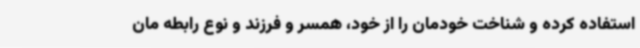
استفاده کرده و شناخت خودمان را از خود، همسر و فرزند و نوع رابطه مان